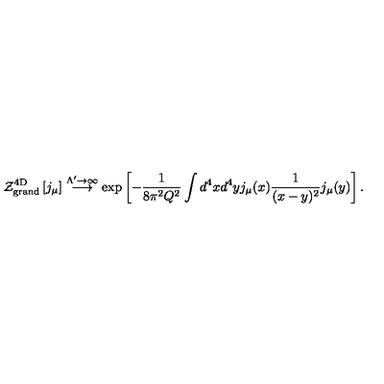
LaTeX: { \cal Z } _ { \mathrm { g r a n d } } ^ { \mathrm { 4 D } } \left[ j _ { \mu } \right] \stackrel { { \Lambda ^ { \prime } \to \infty } } { \longrightarrow } \exp \left[ - \frac { 1 } { 8 \pi ^ { 2 } Q ^ { 2 } } \int d ^ { 4 } x d ^ { 4 } y j _ { \mu } ( x ) \frac { 1 } { ( x - y ) ^ { 2 } } j _ { \mu } ( y ) \right] .